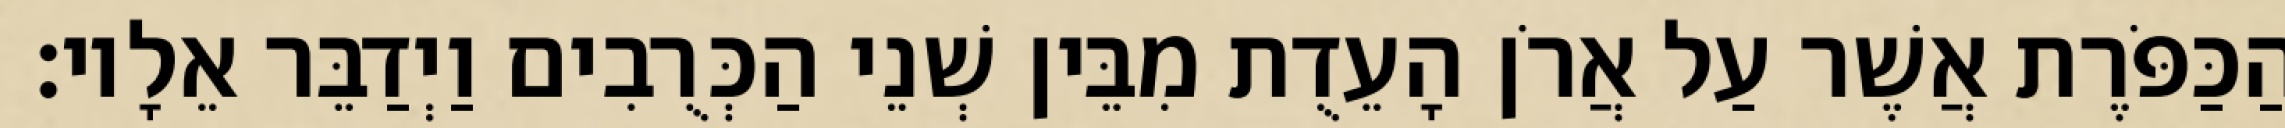
הַכַּפֹּרֶת אֲשֶׁר עַל אֲרֹן הָעֵדֻת מִבֵּין שְׁנֵי הַכְּרֻבִים וַיְדַבֵּר אֵלָיו׃